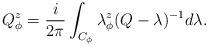
LaTeX: \begin{align*}Q_\phi^z=\frac{i}{2\pi}\int_{C_\phi}\lambda_\phi^z (Q-\lambda)^{-1} d\lambda.\end{align*}